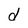
Character: d